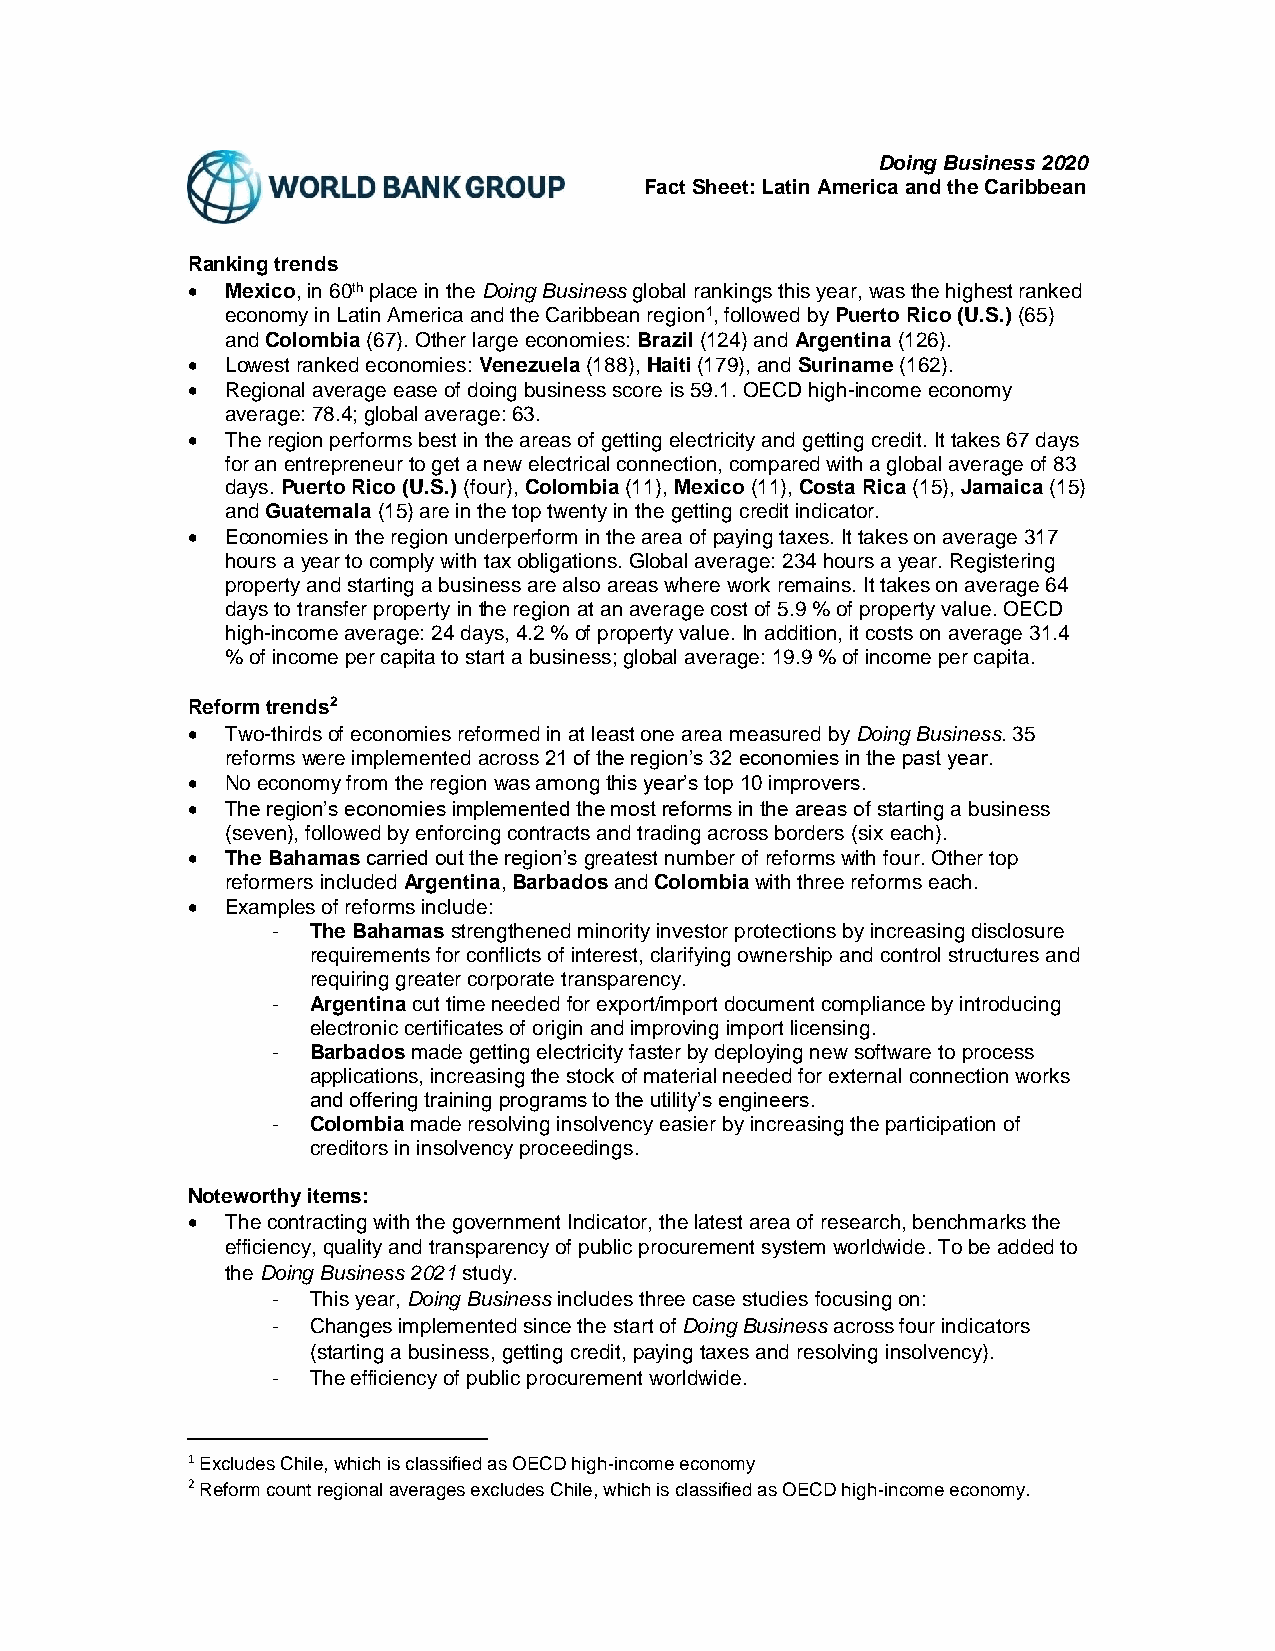
Doing Business 2020
 Fact Sheet: Latin America and the Caribbean
 Ranking trends
 •  Mexico, in 60th place in the Doing Business global rankings this year, was the highest ranked
 economy in Latin America and the Caribbean region1, followed by Puerto Rico (U.S.) (65)
 and Colombia (67). Other large economies: Brazil (124) and Argentina (126).
 •  Lowest ranked economies: Venezuela (188), Haiti (179), and Suriname (162).
 •  Regional average ease of doing business score is 59.1. OECD high-income economy
 average: 78.4; global average: 63.
 •  The region performs best in the areas of getting electricity and getting credit. It takes 67 days
 for an entrepreneur to get a new electrical connection, compared with a global average of 83
 days. Puerto Rico (U.S.) (four), Colombia (11), Mexico (11), Costa Rica (15), Jamaica (15)
 and Guatemala (15) are in the top twenty in the getting credit indicator.
 •  Economies in the region underperform in the area of paying taxes. It takes on average 317
 hours a year to comply with tax obligations. Global average: 234 hours a year. Registering
 property and starting a business are also areas where work remains. It takes on average 64
 days to transfer property in the region at an average cost of 5.9 % of property value. OECD
 high-income average: 24 days, 4.2 % of property value. In addition, it costs on average 31.4
 % of income per capita to start a business; global average: 19.9 % of income per capita.
 Reform trends2
 •  Two-thirds of economies reformed in at least one area measured by Doing Business. 35
 reforms were implemented across 21 of the region’s 32 economies in the past year.
 •  No economy from the region was among this year’s top 10 improvers.
 •  The region’s economies implemented the most reforms in the areas of starting a business
 (seven), followed by enforcing contracts and trading across borders (six each).
 •  The Bahamas carried out the region’s greatest number of reforms with four. Other top
 reformers included Argentina, Barbados and Colombia with three reforms each.
 •  Examples of reforms include:
 - The Bahamas strengthened minority investor protections by increasing disclosure
 requirements for conflicts of interest, clarifying ownership and control structures and
 requiring greater corporate transparency.
 - Argentina cut time needed for export/import document compliance by introducing
 electronic certificates of origin and improving import licensing.
 - Barbados made getting electricity faster by deploying new software to process
 applications, increasing the stock of material needed for external connection works
 and offering training programs to the utility’s engineers.
 - Colombia made resolving insolvency easier by increasing the participation of
 creditors in insolvency proceedings.
 Noteworthy items:
 •  The contracting with the government Indicator, the latest area of research, benchmarks the
 efficiency, quality and transparency of public procurement system worldwide. To be added to
 the Doing Business 2021 study.
 - This year, Doing Business includes three case studies focusing on:
 - Changes implemented since the start of Doing Business across four indicators
 (starting a business, getting credit, paying taxes and resolving insolvency).
 - The efficiency of public procurement worldwide.
 1 Excludes Chile, which is classified as OECD high-income economy
 2 Reform count regional averages excludes Chile, which is classified as OECD high-income economy.